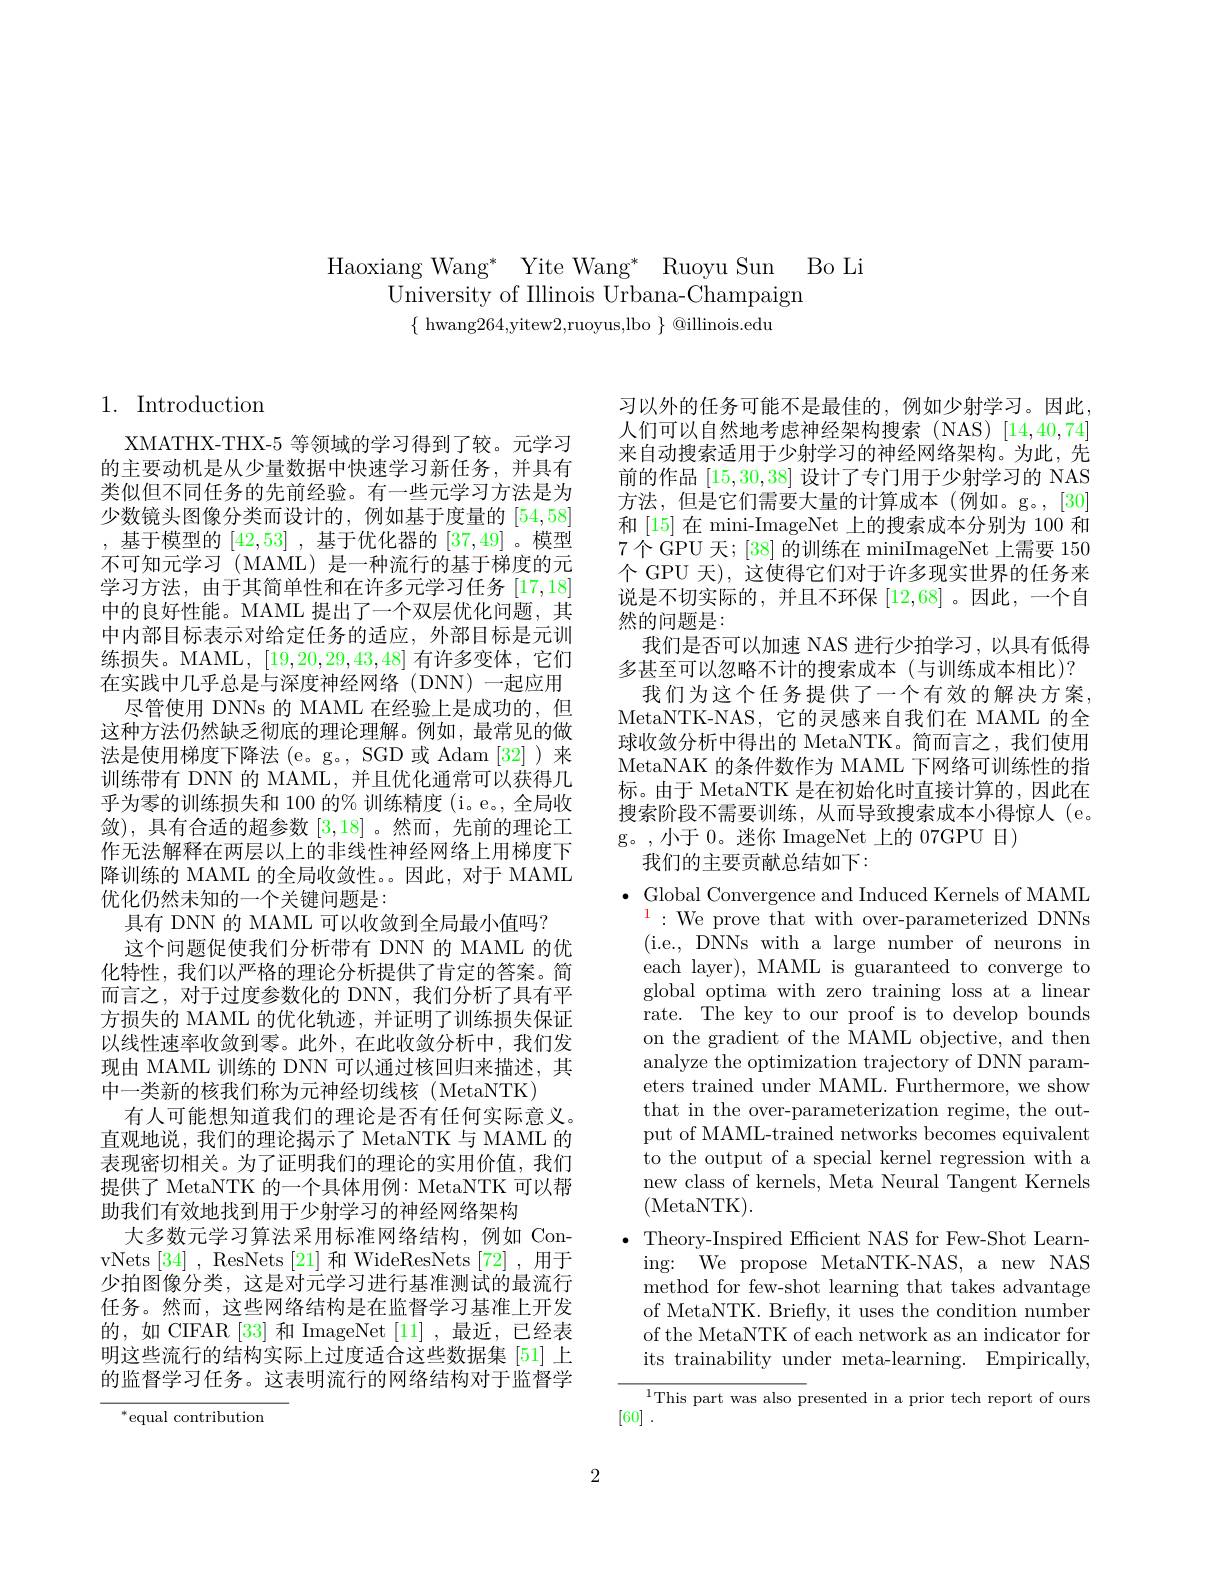
Haoxiang Wang* Yite Wang* Ruoyu Sun Bo Li
University of Illinois Urbana-Champaign
$\{$ hwang264,yitew2,ruoyus,lbo $\}$ @illinois.edu

# 1. Introduction

XMATHX-THX-5 等领域的学习得到了较。元学习的主要动机是从少量数据中快速学习新任务，并具有类似但不同任务的先前经验。有一些元学习方法是为少数镜头图像分类而设计的，例如基于度量的[54,58] ,基于模型的[42,53] ,基于优化器的[37,49] 。模型不可知元学习(MAML)是一种流行的基于梯度的元学习方法，由于其简单性和在许多元学习任务[17,18] 中的良好性能。MAML 提出了一个双层优化问题，其中内部目标表示对给定任务的适应，外部目标是元训练损失。MAML, [19,20,29,43,48]有许多变体，它们在实践中几乎总是与深度神经网络(DNN)一起应用
尽管使用 DNNs 的 MAML 在经验上是成功的，但这种方法仍然缺乏彻底的理论理解。例如，最常见的做法是使用梯度下降法(e。g。, SGD 或 Adam [32])来训练带有 DNN 的 MAML, 并且优化通常可以获得几乎为零的训练损失和 100 的% 训练精度 (i。e。, 全局收敛),具有合适的超参数[3,18] 。然而，先前的理论工作无法解释在两层以上的非线性神经网络上用梯度下降训练的 MAML 的全局收敛性。因此，对于 MAML 优化仍然未知的一个关键问题是：
具有 DNN 的 MAML 可以收敛到全局最小值吗？
这个问题促使我们分析带有 DNN 的 MAML 的优化特性，我们以严格的理论分析提供了肯定的答案。简而言之，对于过度参数化的 DNN,我们分析了具有平方损失的 MAML 的优化轨迹，并证明了训练损失保证以线性速率收敛到零。此外，在此收敛分析中，我们发现由 MAML 训练的 DNN 可以通过核回归来描述，其中一类新的核我们称为元神经切线核(MetaNTK)
有人可能想知道我们的理论是否有任何实际意义。直观地说，我们的理论揭示了 MetaNTK 与 MAML 的表现密切相关。为了证明我们的理论的实用价值，我们提供了 MetaNTK 的一个具体用例：MetaNTK 可以帮助我们有效地找到用于少射学习的神经网络架构
大多数元学习算法采用标准网络结构，例如 ConvNets [34], ResNets [21]和 WideResNets [72],用于少拍图像分类，这是对元学习进行基准测试的最流行任务。然而，这些网络结构是在监督学习基准上开发的，如 CIFAR [33] 和 ImageNet [11] ,最近，已经表明这些流行的结构实际上过度适合这些数据集[51]上的监督学习任务。这表明流行的网络结构对于监督学
$^*$equal contribution

习以外的任务可能不是最佳的，例如少射学习。因此， 人们可以自然地考虑神经架构搜索(NAS)[14,40,74] 来自动搜索适用于少射学习的神经网络架构。为此，先前的作品[15,30,38]设计了专门用于少射学习的 NAS 方法，但是它们需要大量的计算成本(例如。g。,[30] 和[15]在 mini-ImageNet 上的搜索成本分别为 100 和7个GPU 天；[38] 的训练在 miniImageNet 上需要 150个 GPU 天), 这使得它们对于许多现实世界的任务来说是不切实际的，并且不环保[12,68] 。因此，一个自然的问题是：
我们是否可以加速 NAS 进行少拍学习，以具有低得多甚至可以忽略不计的搜索成本(与训练成本相比)?
我们为这个任务提供了一个有效的解决方案， MetaNTK-NAS,它的灵感来自我们在 MAML 的全球收敛分析中得出的 MetaNTK。简而言之，我们使用MetaNAK 的条件数作为 MAML 下网络可训练性的指标。由于 MetaNTK 是在初始化时直接计算的，因此在搜索阶段不需要训练，从而导致搜索成本小得惊人 (e。g。,小于 0。迷你 ImageNet 上的 07GPU 日)
我们的主要贡献总结如下：
$\bullet$ Global Convergence and Induced Kernels of MAML $^{1}:$We prove that with over-parameterized DNNs ( i. e. , DNNs with a large number of neurons in each layer), MAML is guaranteed to converge to global optima with zero training loss at a linear $\bar{\mathrm{rate.~The~key~to~our~proof~is~to~develop~bounds}}$ on the gradient of the MAML objective, and then analyze the optimization trajectory of DNN parameters trained under MAML. Furthermore, we show that in the over-parameterization regime, the output of MAML-trained networks becomes equivalent to the output of a special kernel regression with a new class of kernels, Meta Neural Tangent Kernels (MetaNTK).
$\bullet$ Theory-Inspired Efficient NAS for Few-Shot Learn-
ing: We propose MetaNTK-NAS, a new NAS method for few-shot learning that takes advantage of MetaNTK. Briefly, it uses the condition number of the MetaNTK of each network as an indicator for its trainability under meta-learning. Empirically, ${}^{1}$This part was also presented in a prior tech report of ours

[60] .

2